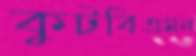
কুটবিএমন